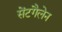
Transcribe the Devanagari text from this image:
सेंटगैलेन